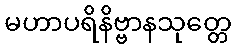
မဟာပရိနိဗ္ဗာနသုတ္တေ